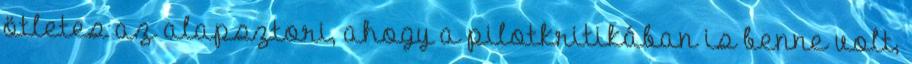
ötletes az alapsztori, ahogy a pilotkritikában is benne volt,